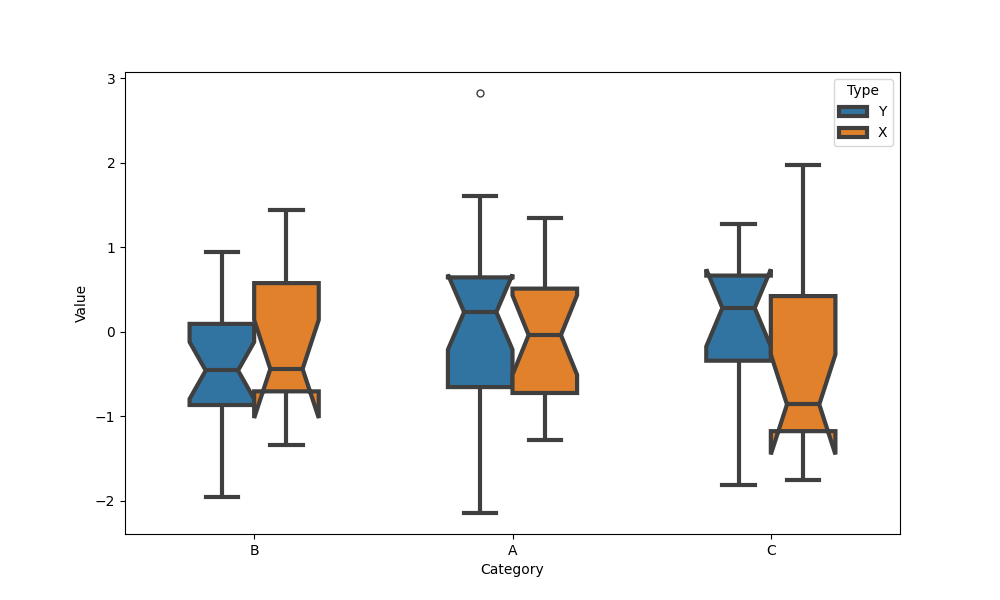
python, seaborn, boxplot, width=0.5, linewidth=3, fliersize=5, notch=True